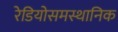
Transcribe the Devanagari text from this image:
रेडियोसमस्थानिक